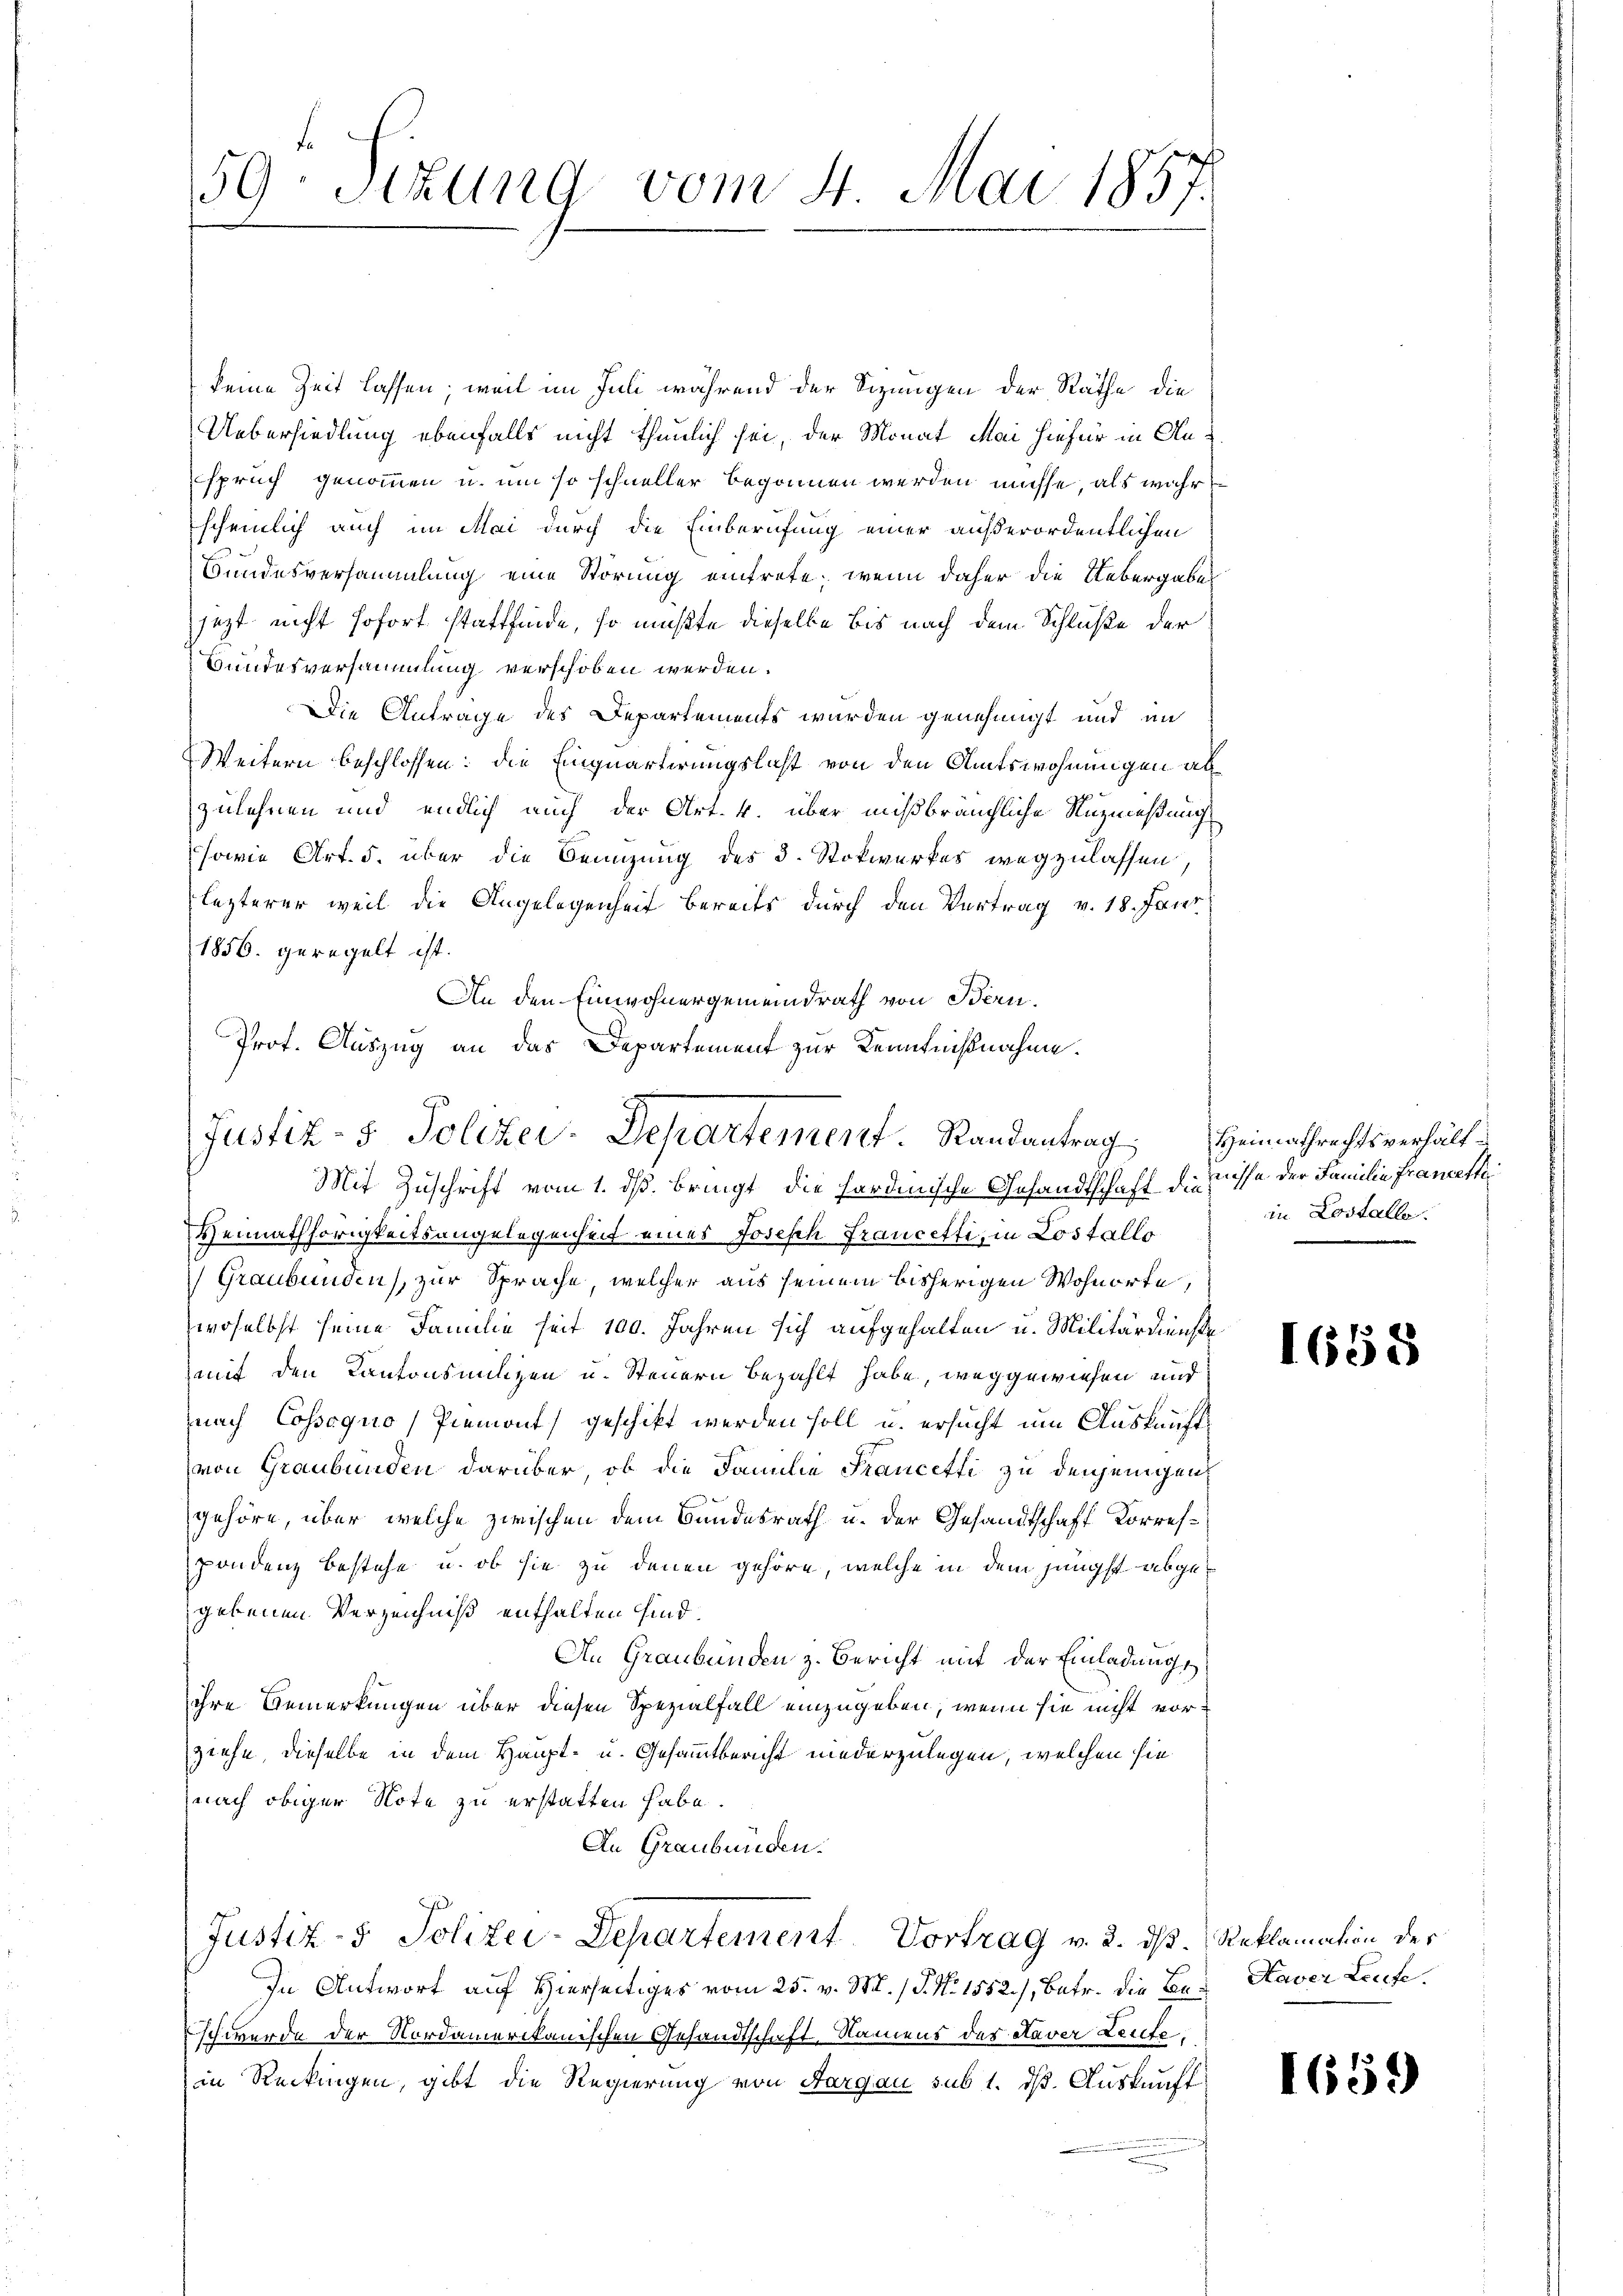
59. Sitzung vom 4. Mai 1857.

keine Zeit lassen, weil im Juli während der Sizungen der Räthe die
Uebersiedlung ebenfalls nicht thunlich sei, der Monat Mai hiefür in Anspruch genommen u. um so schneller begonnen werden müsse, als wahr
scheinlich auch im Mai durch die Einberufung einer außerordentlichen
Bundesversammlung eine Störung eintrete; wenn daher die Uebergaben
jezt nicht sofort stattfinde, so mußte dieselbe bis nach dem Schluße der
Bundesversammlung verschoben werden.
Die Antrage des Departements wurden genehmigt und an
Weitern beschlossen: die Einquartirungslast von den Amtswohnungen abzulehnen und endlich auch der Art. 4. über mißbräuchliche Nuzmeßung
sowie Art. 5. über die Benzung des 3. Stokwerkes wegzulassen,
lezterer weil die Angelegenheit bereits durch den Vertrag v. 18. Janr
1856. geregelt ist.
An den Einwohnergemeindrath von Bern.
Prot. Auszug an das Departement zur Kenntnißnahme.

Justiz- & Polizei-Departement. Randantrag

Mit Zuschrift vom 1. dß. bringt die hardinische Gesandtschaft die Wisse der Familie Francesti
Heimathörigkeitsangelegenheit eines Joseph Francetti, in Lostallo
Graubünden), zur Sprache, welcher aus seinem bisherigen Wohnorte,
woselbst seine Familie seit 100. Jahren sich aufgehalten u. Militärdienste
mit den Kantonsmilzen u. Steuern bezahlt habe, weggewiesen und
nach Cossoquo) Piemont) geschikt werden soll u. ersucht um Auskunftvon Graubünden darüber, ob die Familie Francetti zu denjenigen
gehöre, über welche zwischen dem Bundesrath u. der Gesandtschaft Korrespondenz bestehe u. ob sie zu denen gehöre, welche in dem jüngst abgegebenen Verzeichniß enthalten sind.
An Graubünden z. Bericht mit der Einladungs
ihre Bemerkungen über diesen Spezialfall einzugeben, wenn sie nicht vorziehe, dieselbe in dem Haupt- u. Gesammtbericht niederzulegen, welchen sie
nach obiger Note zu erstatten habe.
An Graubünden.
Justiz- & Polizei-Departement Vortrag v. 2. ds. Reklamation des
In Antwort auf Hierseitiges vom 25. v. M. / P. N. 1552), Betr. die Be- Kaver Leife
schwerde der Nordamerikanischen Gesandtschaft, Namens des Aaver Leute
in Reckingen, gibt die Regierung von Aargau sub 1. dß. Auskunft

Heimathrechtsverhältin Lostalle.

1658

1659